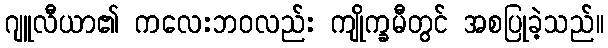
ဂျူလီယာ၏ ကလေးဘဝလည်း ကျိုက္ခမီတွင် အစပြုခဲ့သည်။